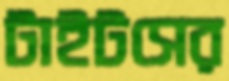
টাইটসের